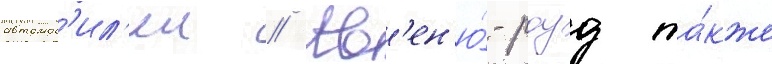
автомоб'ил'еи // Ав'ен'ю́-роуд та́кже